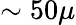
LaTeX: \sim 50\mu